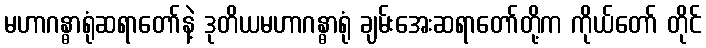
မဟာဂန္ဓာရုံဆရာတော်နဲ့ ဒုတိယမဟာဂန္ဓာရုံ ချမ်းအေးဆရာတော်တို့က ကိုယ်တော် တိုင်